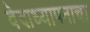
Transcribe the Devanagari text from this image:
वेदाध्यापनाचा